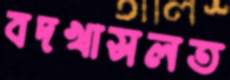
বদখাসলত